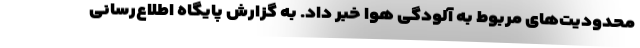
محدودیت‌های مربوط به آلودگی هوا خبر داد. به گزارش پایگاه اطلاع‌رسانی